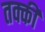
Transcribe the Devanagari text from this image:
तक्की